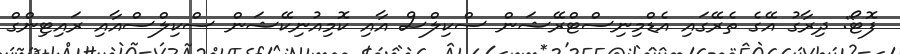
ފޮޓޯ: ދިރާގު އޭގެ ތެރޭގައި އެޑްމިނިސްޓްރޭޝަން ސްކިލްސް އާއި ކޮމިއުނިކޭޝަން ސްކިލްސްއާއި ރައިޓިންގް